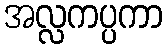
အလ္လကပ္ပကာ